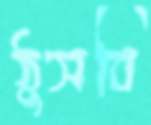
ঠুসবি